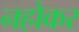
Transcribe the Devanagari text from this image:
नहोकर